Civil Veterinary Dept. Assam report 1927-50 - 1927-1950
Year: 1927
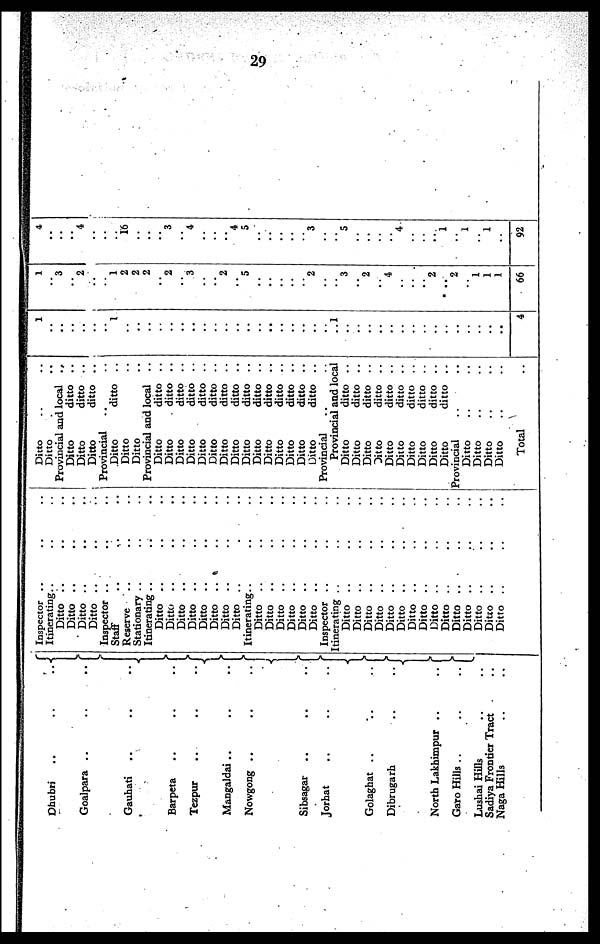
29
Dhubri .. .. ..
Goalpara .. .. ..
Gauhati .. .. ..
Barpeta
..
..
..
Tezpur
..
..
..
Mangaldai ..
..
..
Nowgong ..
..
..
Sibsagar ..
..
..
Jorhat
..
..
..
Golaghat ..
..
..
Dibrugarh
..
..
North Lakhimpur ..
..
Garo Hills
..
..
..
Lushai Hills .. ..
Sadiya Frontier Tract ..
Naga Hills .. ..
Inspector ..
Itinerating..
Ditto ..
Ditto ..
Ditto ..
Ditto ..
Inspector ..
Staff ..
Reserve ..
Stationary ..
Itinerating ..
Ditto ..
Ditto
..
Ditto
..
Ditto
..
Ditto
..
Ditto ..
Ditto
..
Ditto ..
Itinerating..
Ditto
..
Ditto
..
Ditto ..
Ditto
..
Ditto
..
Ditto
..
Inspector ..
Itinerating ..
Ditto ..
Ditto ..
Ditto
..
Ditto
..
Ditto ..
Ditto
..
Ditto ..
Ditto ..
Ditto ..
Ditto ..
Ditto ..
Ditto ..
Ditto ..
Ditto ..
Ditto ..
..
..
..
..
..
..
..
..
..
..
..
..
..
..
..
..
..
..
..
..
..
..
..
..
..
..
..
..
..
..
..
..
..
..
..
..
..
..
..
..
..
..
..
..
..
..
..
..
..
..
..
..
..
..
..
..
..
..
..
..
..
..
..
..
..
..
..
..
..
..
..
..
..
..
..
..
..
..
..
..
..
..
..
..
..
..
Ditto .. ..
Ditto .. ..
Provincial and local
..
Ditto
ditto ..
Ditto
ditto ..
Ditto
ditto ..
Provincial .. ..
Ditto
ditto ..
Ditto ..
Ditto ..
Provincial and local ..
Ditto
ditto ..
Ditto
ditto ..
Ditto
ditto ..
Ditto
ditto ..
Ditto
ditto ..
Ditto
ditto ..
Ditto
ditto ..
Ditto
ditto ..
Ditto
ditto ..
Ditto
ditto ..
Ditto
ditto ..
Ditto
ditto ..
Ditto
ditto ..
Ditto
ditto ..
Ditto
ditto ..
Provincial .. ..
Provincial and local
Ditto
ditto ..
Ditto
ditto ..
Ditto
ditto ..
Ditto
ditto ..
Ditto
ditto ..
Ditto
ditto ..
Ditto
ditto ..
Ditto
ditto ..
Ditto
ditto ..
Ditto
ditto ..
Provincial .. ..
Ditto .. ..
Ditto .. ..
Ditto .. ..
Ditto .. ..
Total
1
..
..
..
..
..
..
1
..
..
..
..
..
..
..
..
..
..
..
..
..
..
..
..
..
..
..
1
..
..
..
..
..
..
..
..
..
..
..
..
..
..
..
4
1
..
3
..
2
..
..
1
2
2
2
..
2
..
3
..
..
2
..
5
..
..
..
..
..
2
..
..
3
..
2
..
4
..
..
..
2
..
2
..
1
1
1
66
4
..
..
..
4
..
..
..
16
..
..
..
3
..
4
..
..
..
4
5
..
..
..
..
..
3
..
..
5
..
..
..
..
4
..
..
..
1
..
1
..
1
..
92